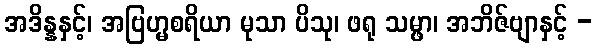
အဒိန္နနှင့်၊ အဗြဟ္မစရိယာ မုသာ ပိသု၊ ဖရု သမ္ဖာ၊ အဘိဇ်ဗျာနှင့် -